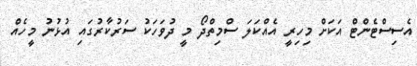
އެސިސްޓެންޓް އަކަށް މިހިރީ އެއްކަލަ ސްމިތްދޯ މީ ދުވަހަކު ސަރުކާރުގައި އުޅުނު މީހެއް